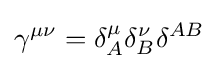
\gamma ^{\mu \nu }=\delta _{A}^{\mu }\delta _{B}^{\nu }\delta ^{AB}